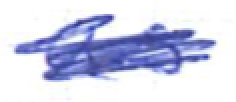
Text: as
Cross-out: scratch
Writing tool: ballpoint